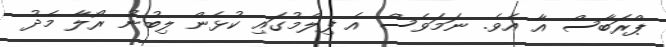
ޕްރަބާސް އާ އެވެ. ނަމަވެސް އެ ފިލްމުގައި ކުޅެން ލިބުނު ރޯލާ މެދު